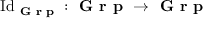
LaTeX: { \mathrm { I d } } _ { \textbf { G r p } } : { \textbf { G r p } } \to { \textbf { G r p } }